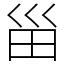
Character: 甾